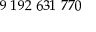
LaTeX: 9 \ 1 9 2 \ 6 3 1 \ 7 7 0